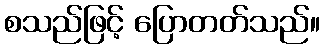
စသည်ဖြင့် ပြောတတ်သည်။